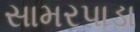
સામરપાડા